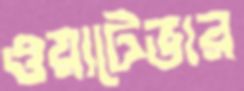
ওয়াটেভার